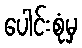
ပေါင်းစုံမှ